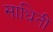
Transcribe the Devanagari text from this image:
साधिती